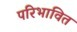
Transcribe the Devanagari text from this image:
परिभावित